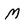
Character: M